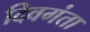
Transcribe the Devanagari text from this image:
दिवगंता